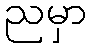
ညမှာ